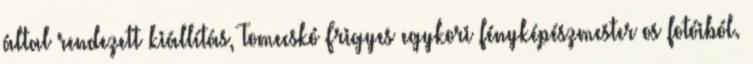
által rendezett kiállítás, Tomecskó Frigyes egykori fényképészmester os fotóiból.